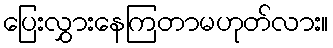
ပြေးလွှားနေကြတာမဟုတ်လား။